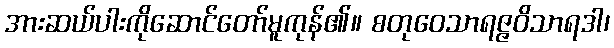
အားဆယ်ပါးကိုဆောင်တော်မူကုန်၏။ စတုဝေသာရဇ္ဇဝိသာရဒါ၊